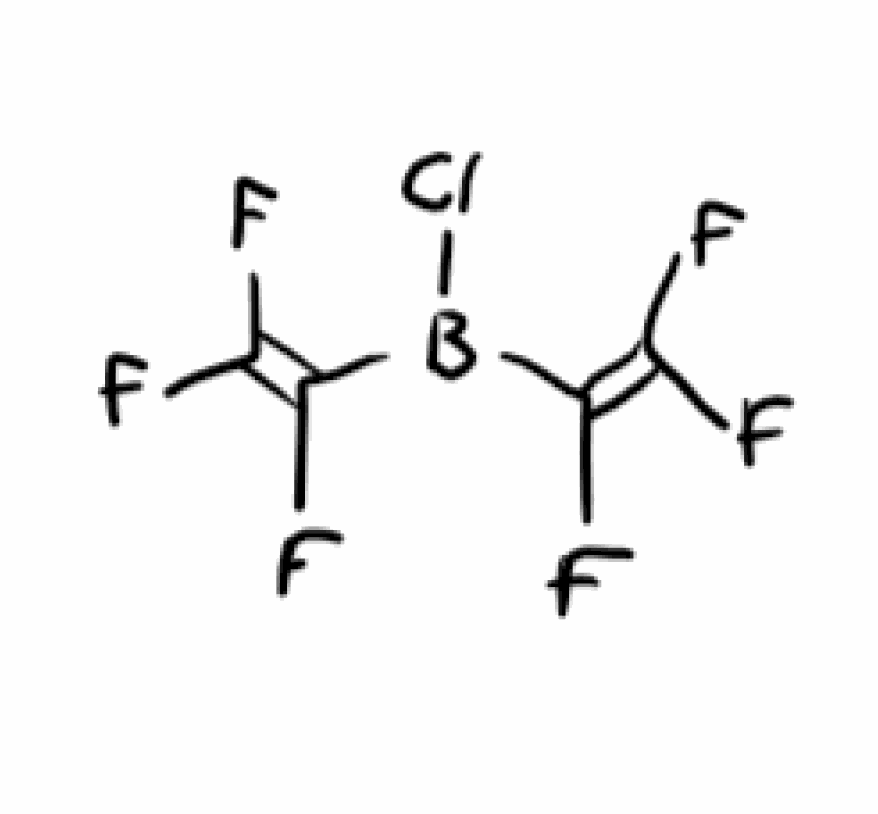
Simplified molecular-input line-entry system (SMILES) notation of the given molecule:
B(C(=C(F)F)F)(C(=C(F)F)F)Cl